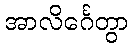
အာလိင်္ဂေတွာ